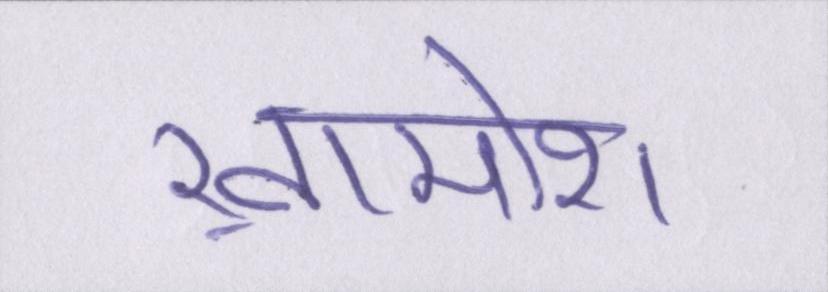
ख़ामोश